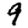
Digit: 9